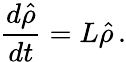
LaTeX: \frac{d\hat{\rho}}{dt}=L\hat{\rho}\, .